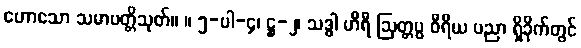
ဟောသော သမာပတ္တိသုတ်။ ။ ၅-ပါ-၄၊ ဋ္ဌ-၂၊ သဒ္ဓါ ဟိရီ ဩတ္တပ္ပ ဝီရိယ ပညာ ရှိခိုက်တွင်